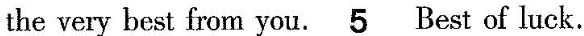
the very best from you.\underline{5} Best of luck.